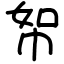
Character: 帤